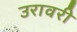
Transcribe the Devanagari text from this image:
उरावरी